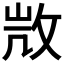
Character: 𢼸